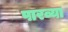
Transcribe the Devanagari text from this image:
पारव्या